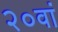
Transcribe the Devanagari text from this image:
२०वां